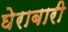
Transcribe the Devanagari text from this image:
घेराबारी